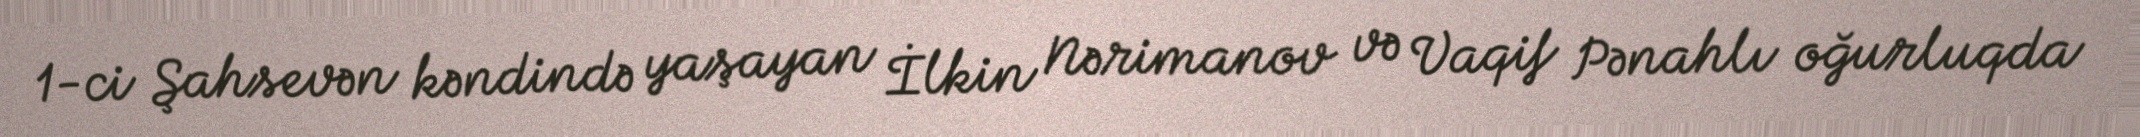
1-ci Şahsevən kəndində yaşayan İlkin Nərimanov və Vaqif Pənahlı oğurluqda